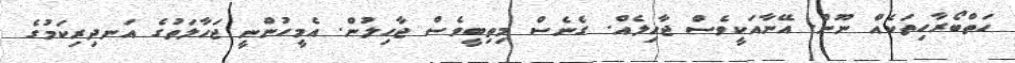
ހަތްބޯރާހިތަކެއް ނޫން. އޭނާއަކީވެސް ޖާހިލެއް. ގެނެސް މިތިބީވެސް ޖާހިލުން. އެމީހުންނީ ޖަހާލަތުގެ އަނދިރިކަމުގެ